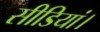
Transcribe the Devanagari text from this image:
सीडियां।